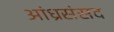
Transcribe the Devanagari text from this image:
आंध्रसंसद